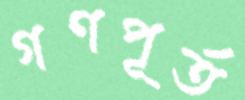
গণপূর্ত